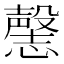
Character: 𰒘